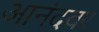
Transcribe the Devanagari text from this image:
आनंदवर